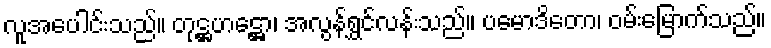
လူအပေါင်းသည်။ တုဋ္ဌဟဋ္ဌော၊ အလွန်ရွှင်လန်းသည်။ ပမောဒိတော၊ ဝမ်းမြောက်သည်။